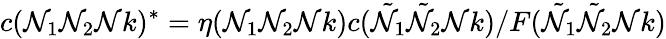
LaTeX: c(\mathcal{N}_{1}\mathcal{N}_{2}\mathcal{N}k)^{*}=\eta(\mathcal{N}_{1}\mathcal{N}_{2}\mathcal{N}k)c({\tilde{{\mathcal{N}}}}_{1}{\tilde{{\mathcal{N}}}}_{2}\mathcal{N}k)/F({\tilde{{\mathcal{N}}}}_{1}{\tilde{{\mathcal{N}}}}_{2}\mathcal{N}k)